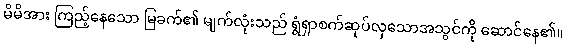
မိမိအား ကြည့်နေသော မြခက်၏ မျက်လုံးသည် ရွံရှာစက်ဆုပ်လှသောအသွင်ကို ဆောင်နေ၏။